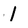
Character: 1